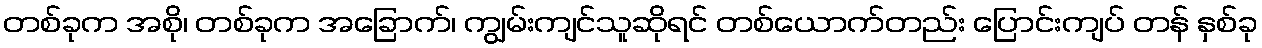
တစ်ခုက အစို၊ တစ်ခုက အခြောက်၊ ကျွမ်းကျင်သူဆိုရင် တစ်ယောက်တည်း ပြောင်းကျပ် တန် နှစ်ခု